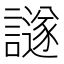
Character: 譢